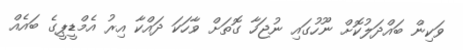
ވަކިން ބައްދަލުކޮށް ނޫހުގައި ނުޖަހާ ގޮތަށް ވާހަކަ ދައްކާ އިރު އެމްޑީޕީގެ ބައެއް